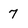
Character: 7